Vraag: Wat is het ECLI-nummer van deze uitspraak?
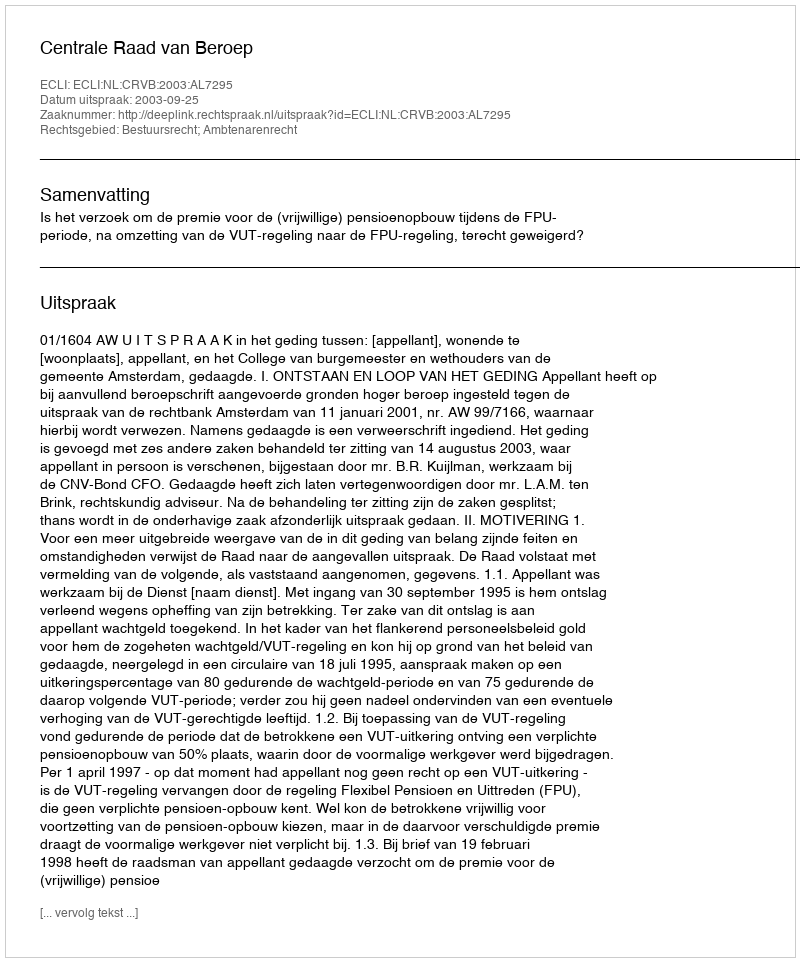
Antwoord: ECLI:NL:CRVB:2003:AL7295